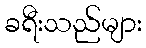
ခရီးသည်များ